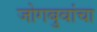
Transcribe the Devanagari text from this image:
जोगबुवांचा